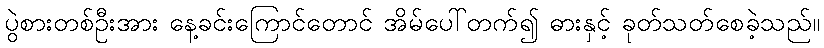
ပွဲစားတစ်ဦးအား နေ့ခင်းကြောင်တောင် အိမ်ပေါ်တက်၍ ဓားနှင့် ခုတ်သတ်စေခဲ့သည်။